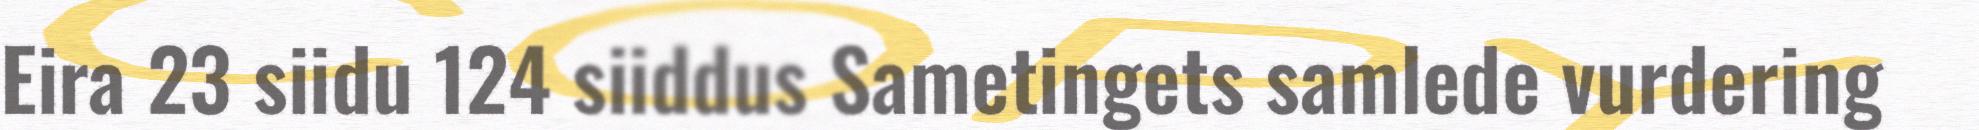
Eira 23 siidu 124 siiddus Sametingets samlede vurdering